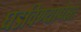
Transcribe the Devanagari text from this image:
घडविण्यापेक्षा